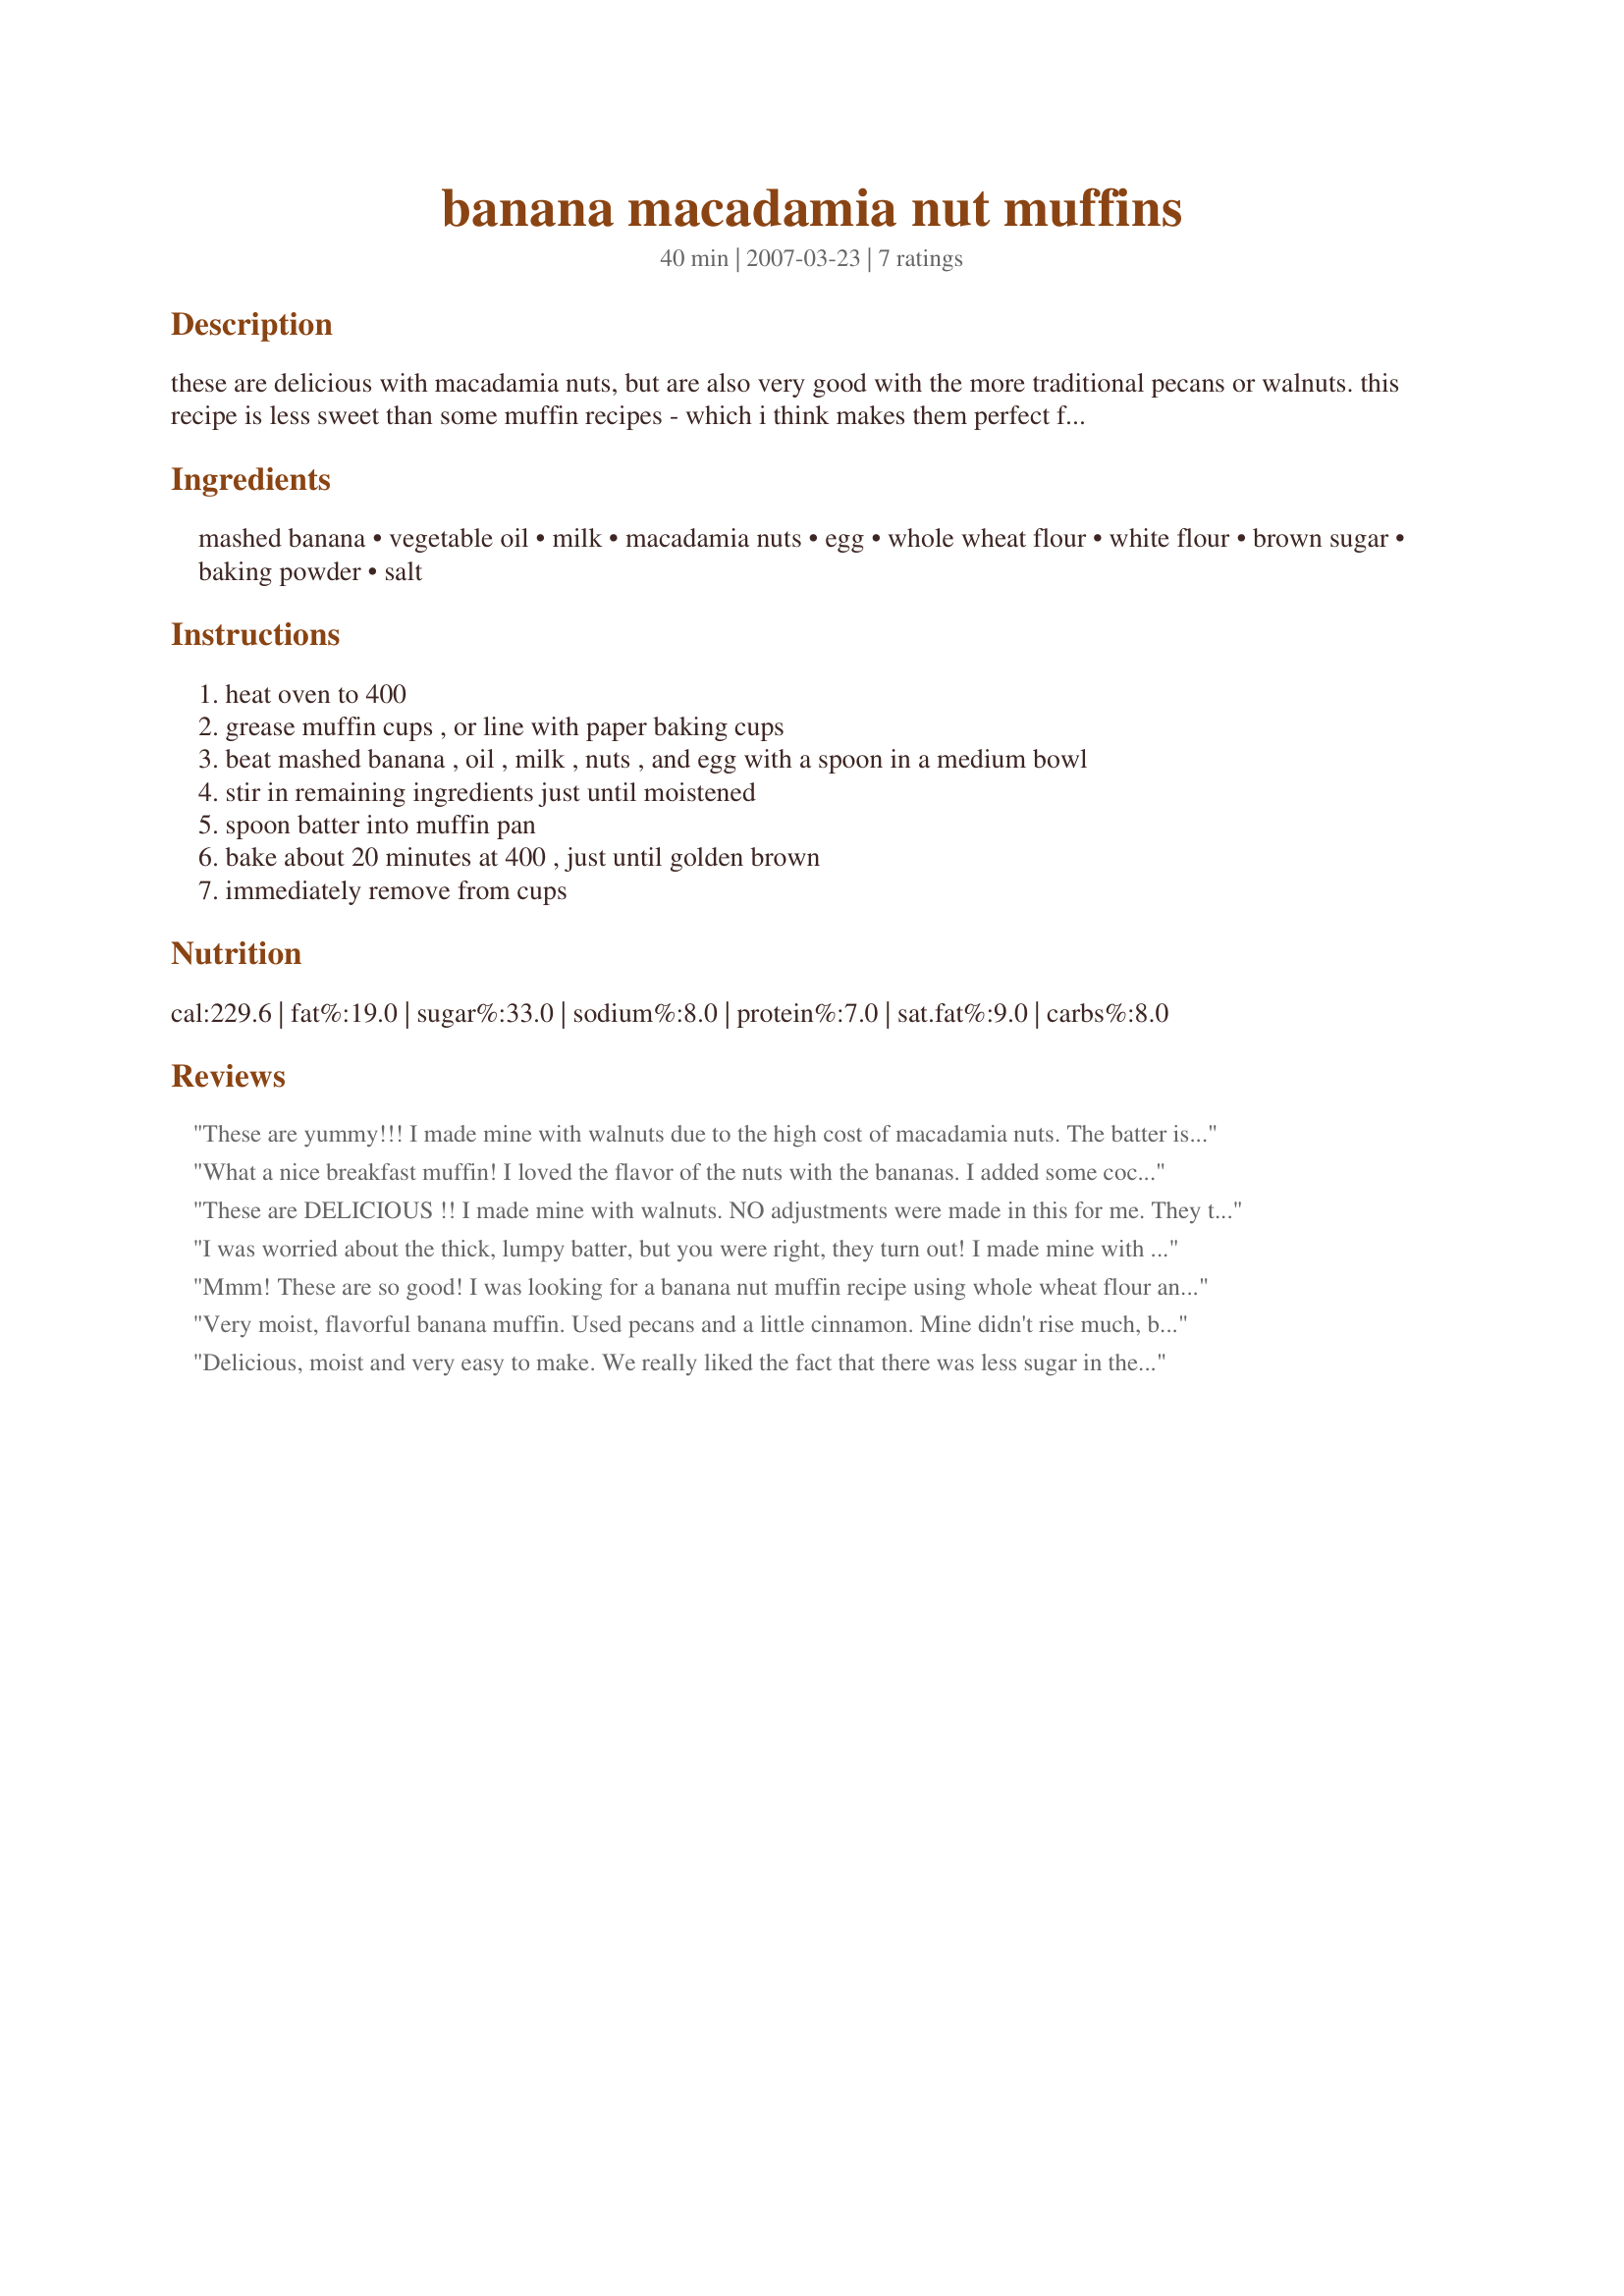
banana macadamia nut muffins
Preparation time: 40 minutes

these are delicious with macadamia nuts, but are also very good with the more traditional pecans or walnuts. this recipe is less sweet than some muffin recipes - which i think makes them perfect for breakfast. try them plain, or cut in half and toast in a toaster oven with butter.

Ingredients:
mashed banana, vegetable oil, milk, macadamia nuts, egg, whole wheat flour, white flour, brown sugar, baking powder, salt

Steps:
heat oven to 400, grease muffin cups , or line with paper baking cups, beat mashed banana , oil , milk , nuts , and egg with a spoon in a medium bowl, stir in remaining ingredients just until moistened, spoon batter into muffin pan, bake about 20 minutes at 400 , just until golden brown, immediately remove from cups

Reviews:
These are yummy!!! I made mine with walnuts due to the high cost of macadamia nuts. The batter is very thick so I was a bit worried but they came out perfect. They are not overly sweet which is great because I don't really care for sweets. Thanks for posting. :)
What a nice breakfast muffin! I loved the flavor of the nuts with the bananas. I added some coconut to mine for some Hawaiian flair. Delicious! Thanks for sharing with us Appley! Made for Zaar Stars 12/2008 Linda
These are DELICIOUS !! I made mine with walnuts. NO adjustments were made in this for me. They turned out great. I wil try these again, except with pecans next time. Made for beverage tag.
I was worried about the thick, lumpy batter, but you were right, they turn out! I made mine with pecans but I am making them with macadamias next. A nice change from the basic banana muffin!
Mmm! These are so good! I was looking for a banana nut muffin recipe using whole wheat flour and this one hit the spot. I used pecans and canola oil (that's what I had on hand) and added a dash of vanilla extract for flavor. I also cut the oil in half (1/4 cup) and sprinkled some oats on top. They came out great!
Very moist, flavorful banana muffin.
Used pecans and a little cinnamon.
Mine didn't rise much, but they were good anyway. Made for bevy tag.
Delicious, moist and very easy to make. We really liked the fact that there was less sugar in these (Australian recipes are generally less sweet than American recipes and I often have to cut back on sugar with Zaar recipes). The only changes I made were to add about 1/2 teaspoon of cinnamon, a couple of drops of vanilla and more like 2/3 cup of macadamia nuts. I simply greased my muffin pans and the muffins came out very easily from the pans once cooked. We enjoyed a couple straight from the oven, and will re-heat the others for 5 minutes before eating them as they do taste SO delicious warm. I'll certainly be making these again, appleydapply. Thank you for a super recipe. Made for Newest Zaar Tag.
